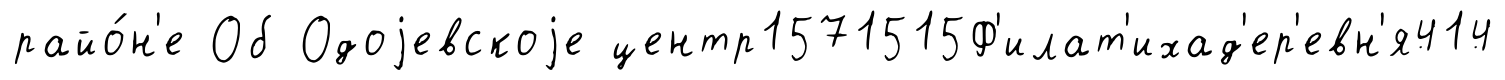
райо́н'е Об Одоjевскоjе центр1571515Ф'илат'ихад'ер'евн'я414